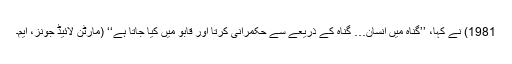
1981) نے کہا، ’’گناہ میں انسان… گناہ کے ذریعے سے حکمرانی کرتا اور قابو میں کیا جاتا ہے‘‘ (مارٹن لائیڈ جونز، ایم۔